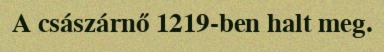
A császárnő 1219-ben halt meg.